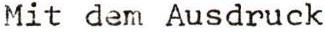
Mit dem Ausdruck